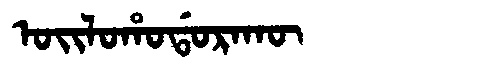
Manchu: ᠣᡳᠯᠣᡥᠣᡩᠣᡵᠠᡴᡡ
Romanization: OILOHODORAKŪ